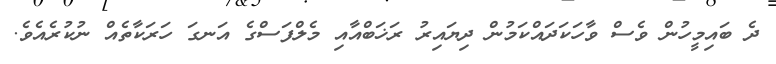
ދެ ބައިމީހުން ވެސް ވާހަކަދައްކަމުން ދިޔައިރު ރަޚަބްއާއި މެލްފަސްގެ އަނގަ ހަރަކާތެއް ނުކުރެއެވެ.